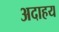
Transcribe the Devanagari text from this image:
अदाहय